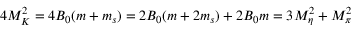
4 M _ { K } ^ { 2 } = 4 B _ { 0 } ( m + m _ { s } ) = 2 B _ { 0 } ( m + 2 m _ { s } ) + 2 B _ { 0 } m = 3 M _ { \eta } ^ { 2 } + M _ { \pi } ^ { 2 }